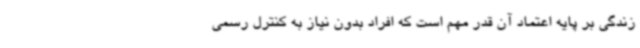
زندگی بر پایه اعتماد آن قدر مهم است که افراد بدون نیاز به کنترل رسمی